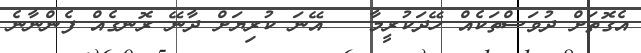
އެގޮތަށް ދުވަސްތަކެއް ހޭދަކުރީމާ   އޭނަ ކުރިޔަށް ދާނޭ ރޮނގެއް ފެންނާނެ